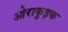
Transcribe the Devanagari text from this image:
ओराकुइक